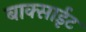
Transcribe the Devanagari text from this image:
बाक्साईट